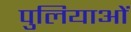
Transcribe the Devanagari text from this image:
पुलियाओं